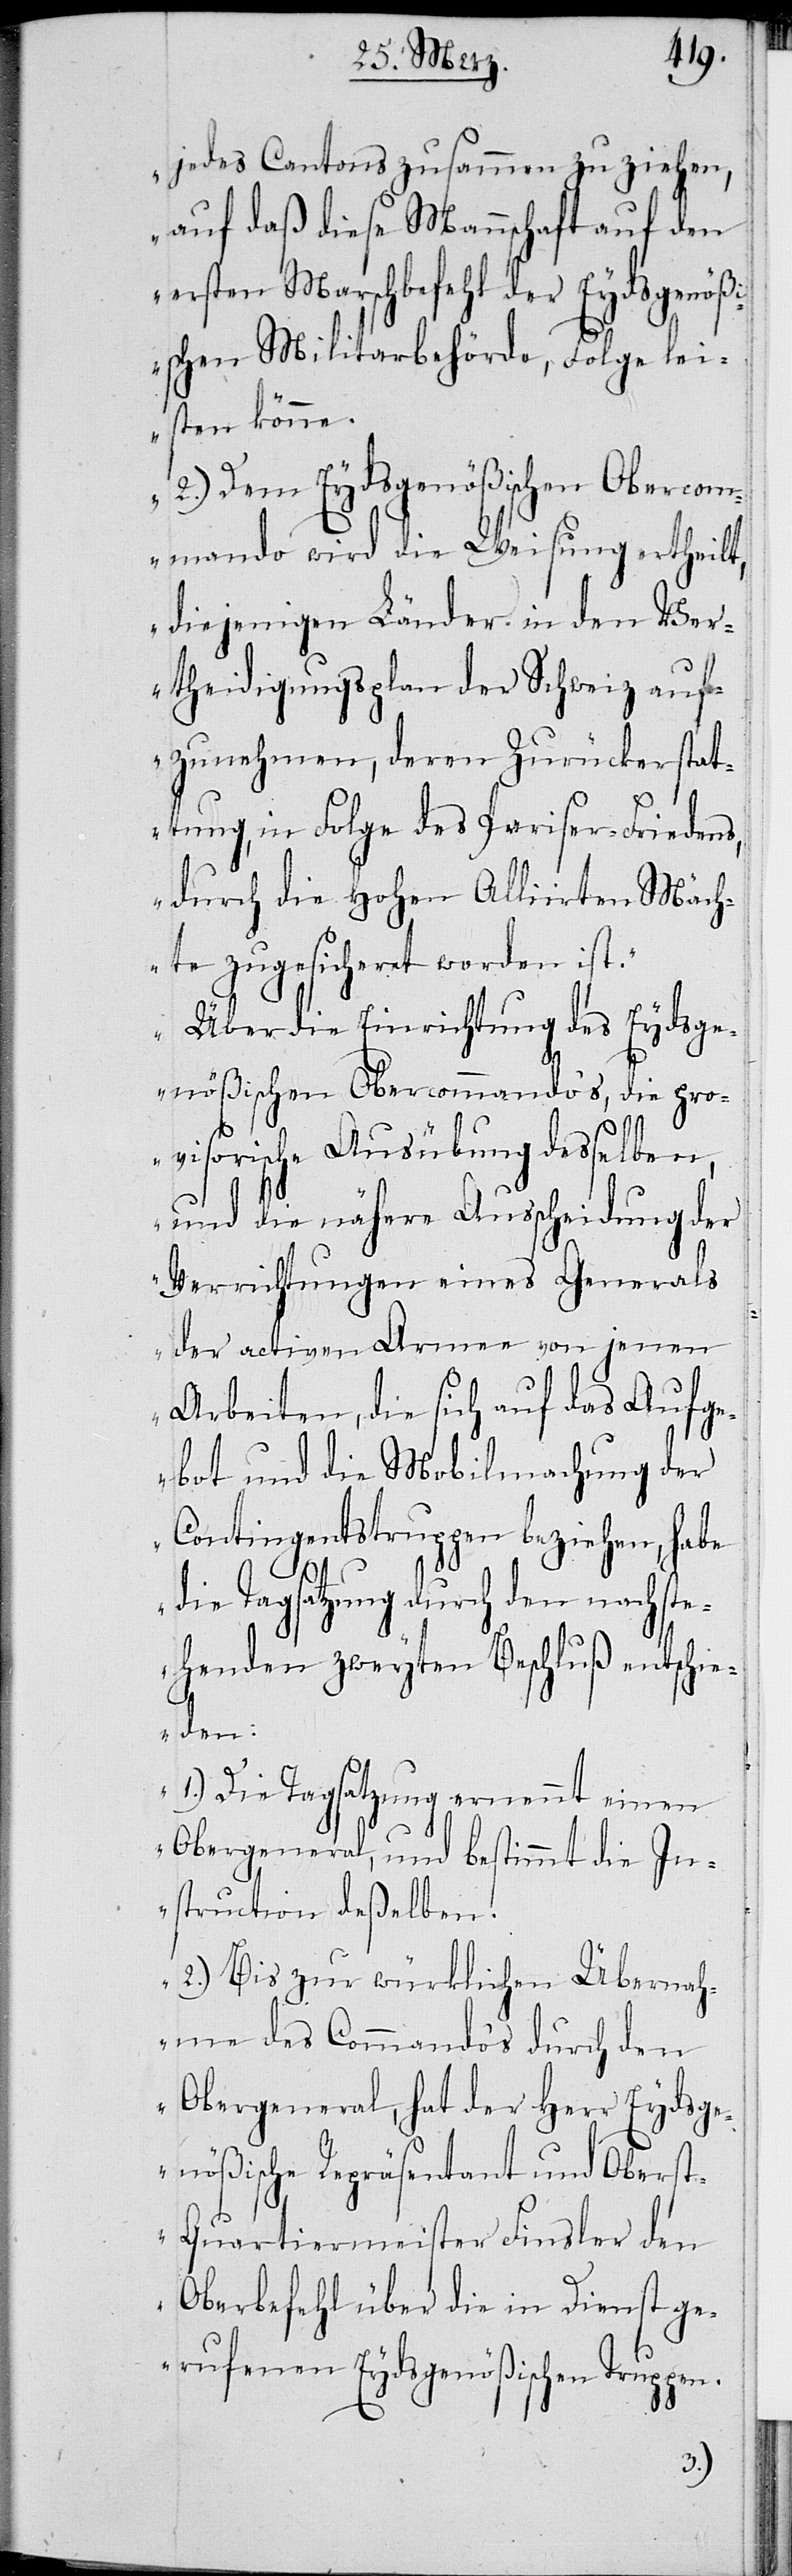
jedes Cantons zusammen zu ziehen,
auf daß diese Mannschaft auf den
ersten Marschbefehl der Eydsgenöß¬
ischen Militarbehörde, Folge lei¬
sten könne.
2.) Dem Eydsgenößischen Obercom¬
mando wird die Weisung ertheilt,
diejenigen Länder in den Ve¬
rteidigungsplan der Schweiz auf¬
zunehmen, deren Zurückerstat¬
tung, in Folge des Pariser-Friedens,
durch die Hohen Alliierten Mäch¬
te zugesicheret worden ist.
Über die Einrichtung des Eydsge¬
nößischen Obercommandos, die pro¬
visorische Ausübung desselben,
und die nähere Ausscheidung der
Verrichtungen eines Generals
der activen Armee von jenen
Arbeiten, die sich auf das Aufge¬
bot und die Mobilmachung der
Contingentstruppen beziehen, habe
en.
die Tagsatzung durch den nachste¬
henden zweyten Beschluß entschie¬
den:
1.) Die Tagsatzung ernennt einen
Obergeneral, und bestimmt die In¬
struction deßelben.
2.) Bis zur würklichen Übernah¬
me des Commandos durch den
Obergeneral, hat der Herr Eydsge¬
nößische Repräsentant und Obers¬
t-Quartiermeister Finsler den
Oberbefehl über die in Dienst ge¬
rufenen Eydsgenösischen Trupp¬